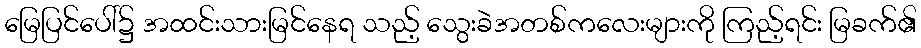
မြေပြင်ပေါ်၌ အထင်းသားမြင်နေရ သည့် သွေးခဲအတစ်ကလေးများကို ကြည့်ရင်း မြခက်၏